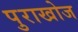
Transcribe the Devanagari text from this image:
पुराखोज